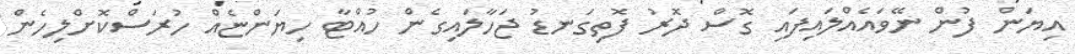
އިޔަން ފުން ނޭވައެއްލައިފައި ގޮސް ދޮރު ފޮތިގަނޑު ޖަހާލައިގެން ހުއްޓާ ހިޔަންޏެއް ހުރަސްކޮށްލިހެން